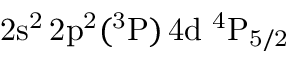
\mathrm { 2 s ^ { 2 } \, 2 p ^ { 2 } ( ^ { 3 } P ) \, 4 d ~ ^ { 4 } P _ { 5 / 2 } }